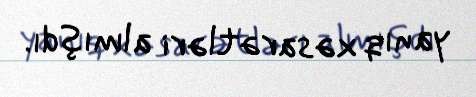
yanıq xəsarətləri almışdı.